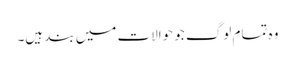
وہ تمام لوگ جو حوالات میں بند ہیں۔